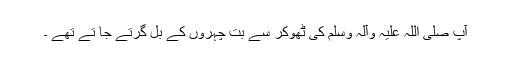
آپ صلی اللہ علیہ وآلہ وسلم کی ٹھوکر سے بت چہروں کے بل گرتے جا تے تھے ۔